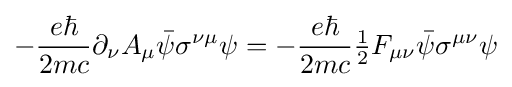
-{\frac {e\hbar }{2mc}}\partial _{\nu }A_{\mu }{\bar {\psi }}\sigma ^{\nu \mu }\psi =-{\frac {e\hbar }{2mc}}{\tfrac {1}{2}}F_{\mu \nu }{\bar {\psi }}\sigma ^{\mu \nu }\psi